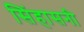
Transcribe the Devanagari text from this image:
सिंहासनी